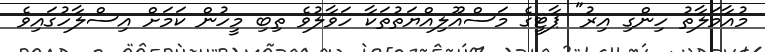
މުއާމަލާތު ހިންގި އިރު" ޕާޓީގެ މަސްއޫލިއްޔަތުތަކާ ހަވާލުވެ ތިބި މީހުން ކަމަށް އިސްލާހުގައިވެ